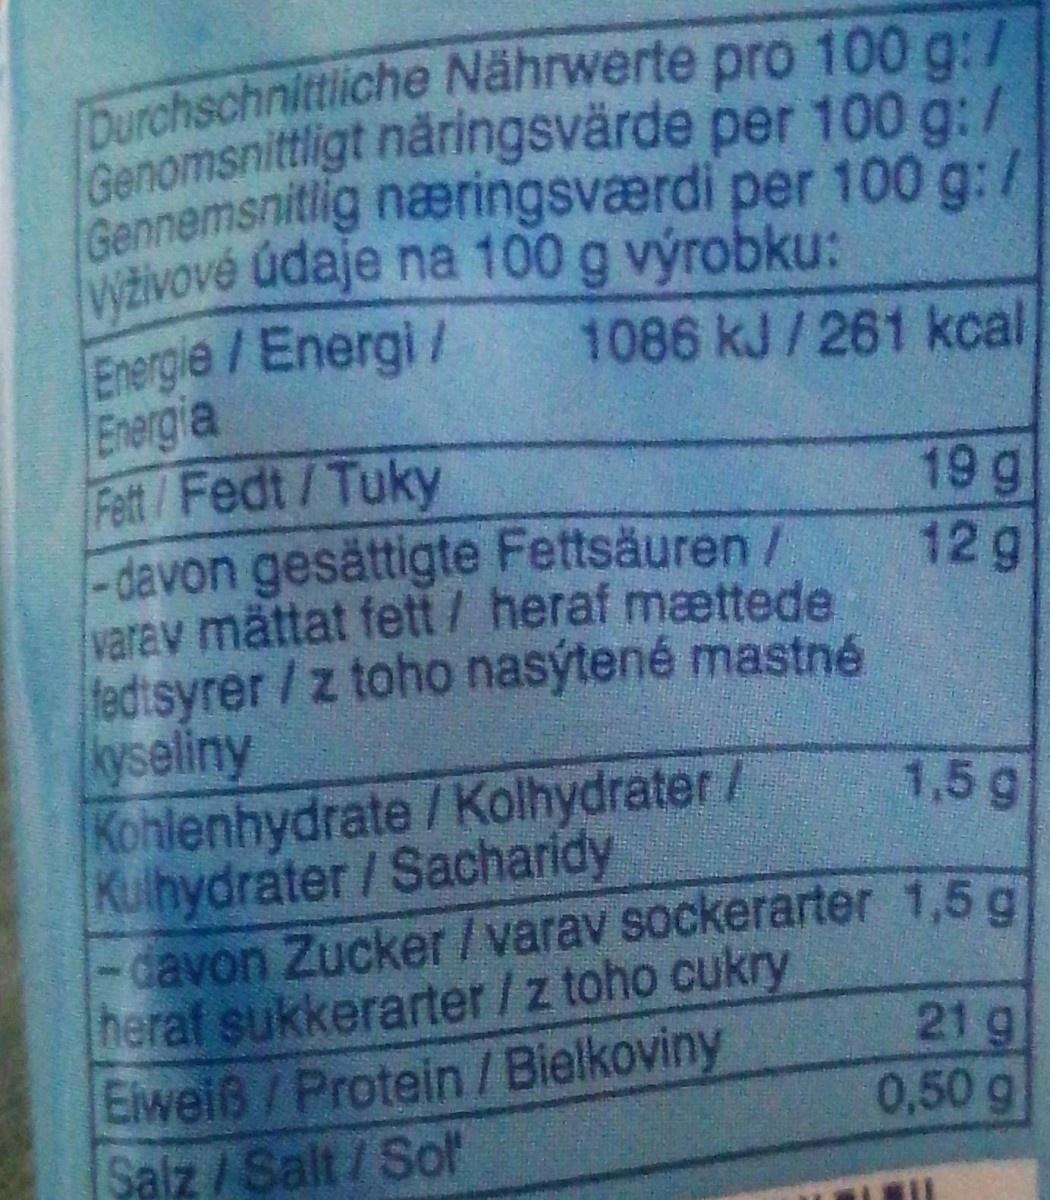
Gennemsnitlig næringsværdi per 100 g:/ Wiživové údaje na 100 g výrobku: Energie /Energi/ Energia Fett/Fedt/Tuky -davon gesättigte Fettsäuren/ varav mättat fett/ heraf mættede fedtsyrer/z toho nasýtené mastné kyseliny Kohlenhydrate / Kolhydrater / Kulhydrater/Sacharidy -davon Zucker/varav sockerarter 1,5 g heraf sukkerarter/z toho cukry Eiweiß/Protein / Bielkoviny Salz/Salt/Sol
1086 kJ/261 kcal
19 g
12g
1,5 g
21 g
0,50 g